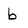
Character: b